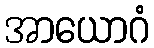
အာယောဂံ